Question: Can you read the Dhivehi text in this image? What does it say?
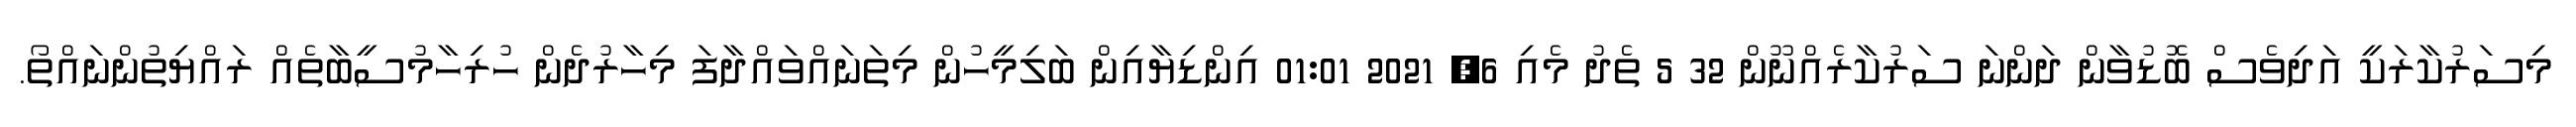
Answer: މިސަރުކާރަކީ އަދިވެސް ބޮޑުވާން ދަންނަ ސަރުކާރެއްނޫން 32 5 ތެދު މެއި 6, 2021 01:01 އިންޑިޔާއިން ބަލިމީހުން މިތަނައްވައްދާފަ މިހާރުދެން ހުރިހާމުސީބާތެއް ރައްޔިތުންނައްތޯ.